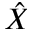
\hat { X }